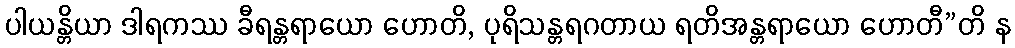
ပါယန္တိယာ ဒါရကဿ ခီရန္တရာယော ဟောတိ, ပုရိသန္တရဂတာယ ရတိအန္တရာယော ဟောတီ”တိ န